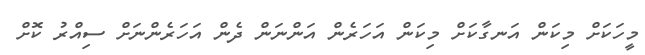
މީހަކަށް މިކަން އަނގާކަށް މިކަން އަހަރެން އަންނަން ދެން އަހަރެންނަށް ސިއްރު ކޮށް